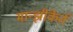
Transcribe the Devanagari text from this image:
मान्झीकेर्त